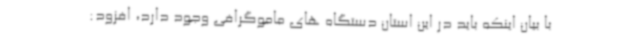
با بیان اینکه باید در این استان دستگاه های ماموگرافی وجود دارد، افزود: